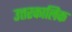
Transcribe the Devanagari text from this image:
उत्तरकालिक